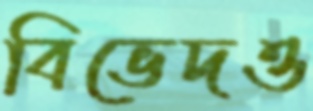
বিভেদও